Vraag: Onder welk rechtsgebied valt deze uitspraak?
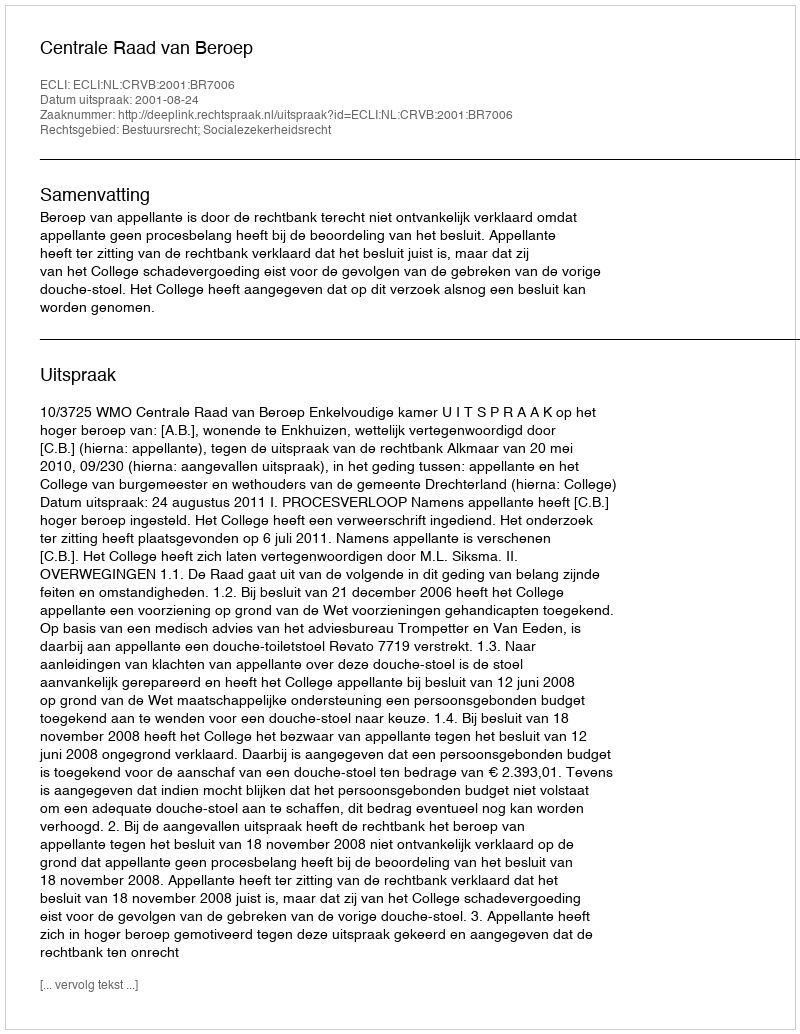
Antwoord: Bestuursrecht; Socialezekerheidsrecht